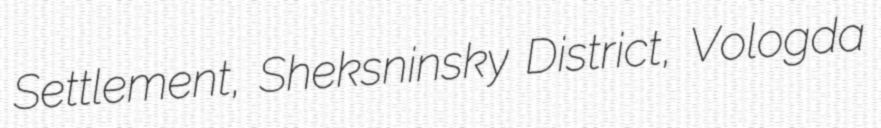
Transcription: Settlement, Sheksninsky District, Vologda